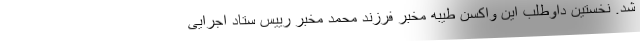
شد. نخستین داوطلب این واکسن طیبه مخبر فرزند محمد مخبر رییس ستاد اجرایی